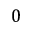
0